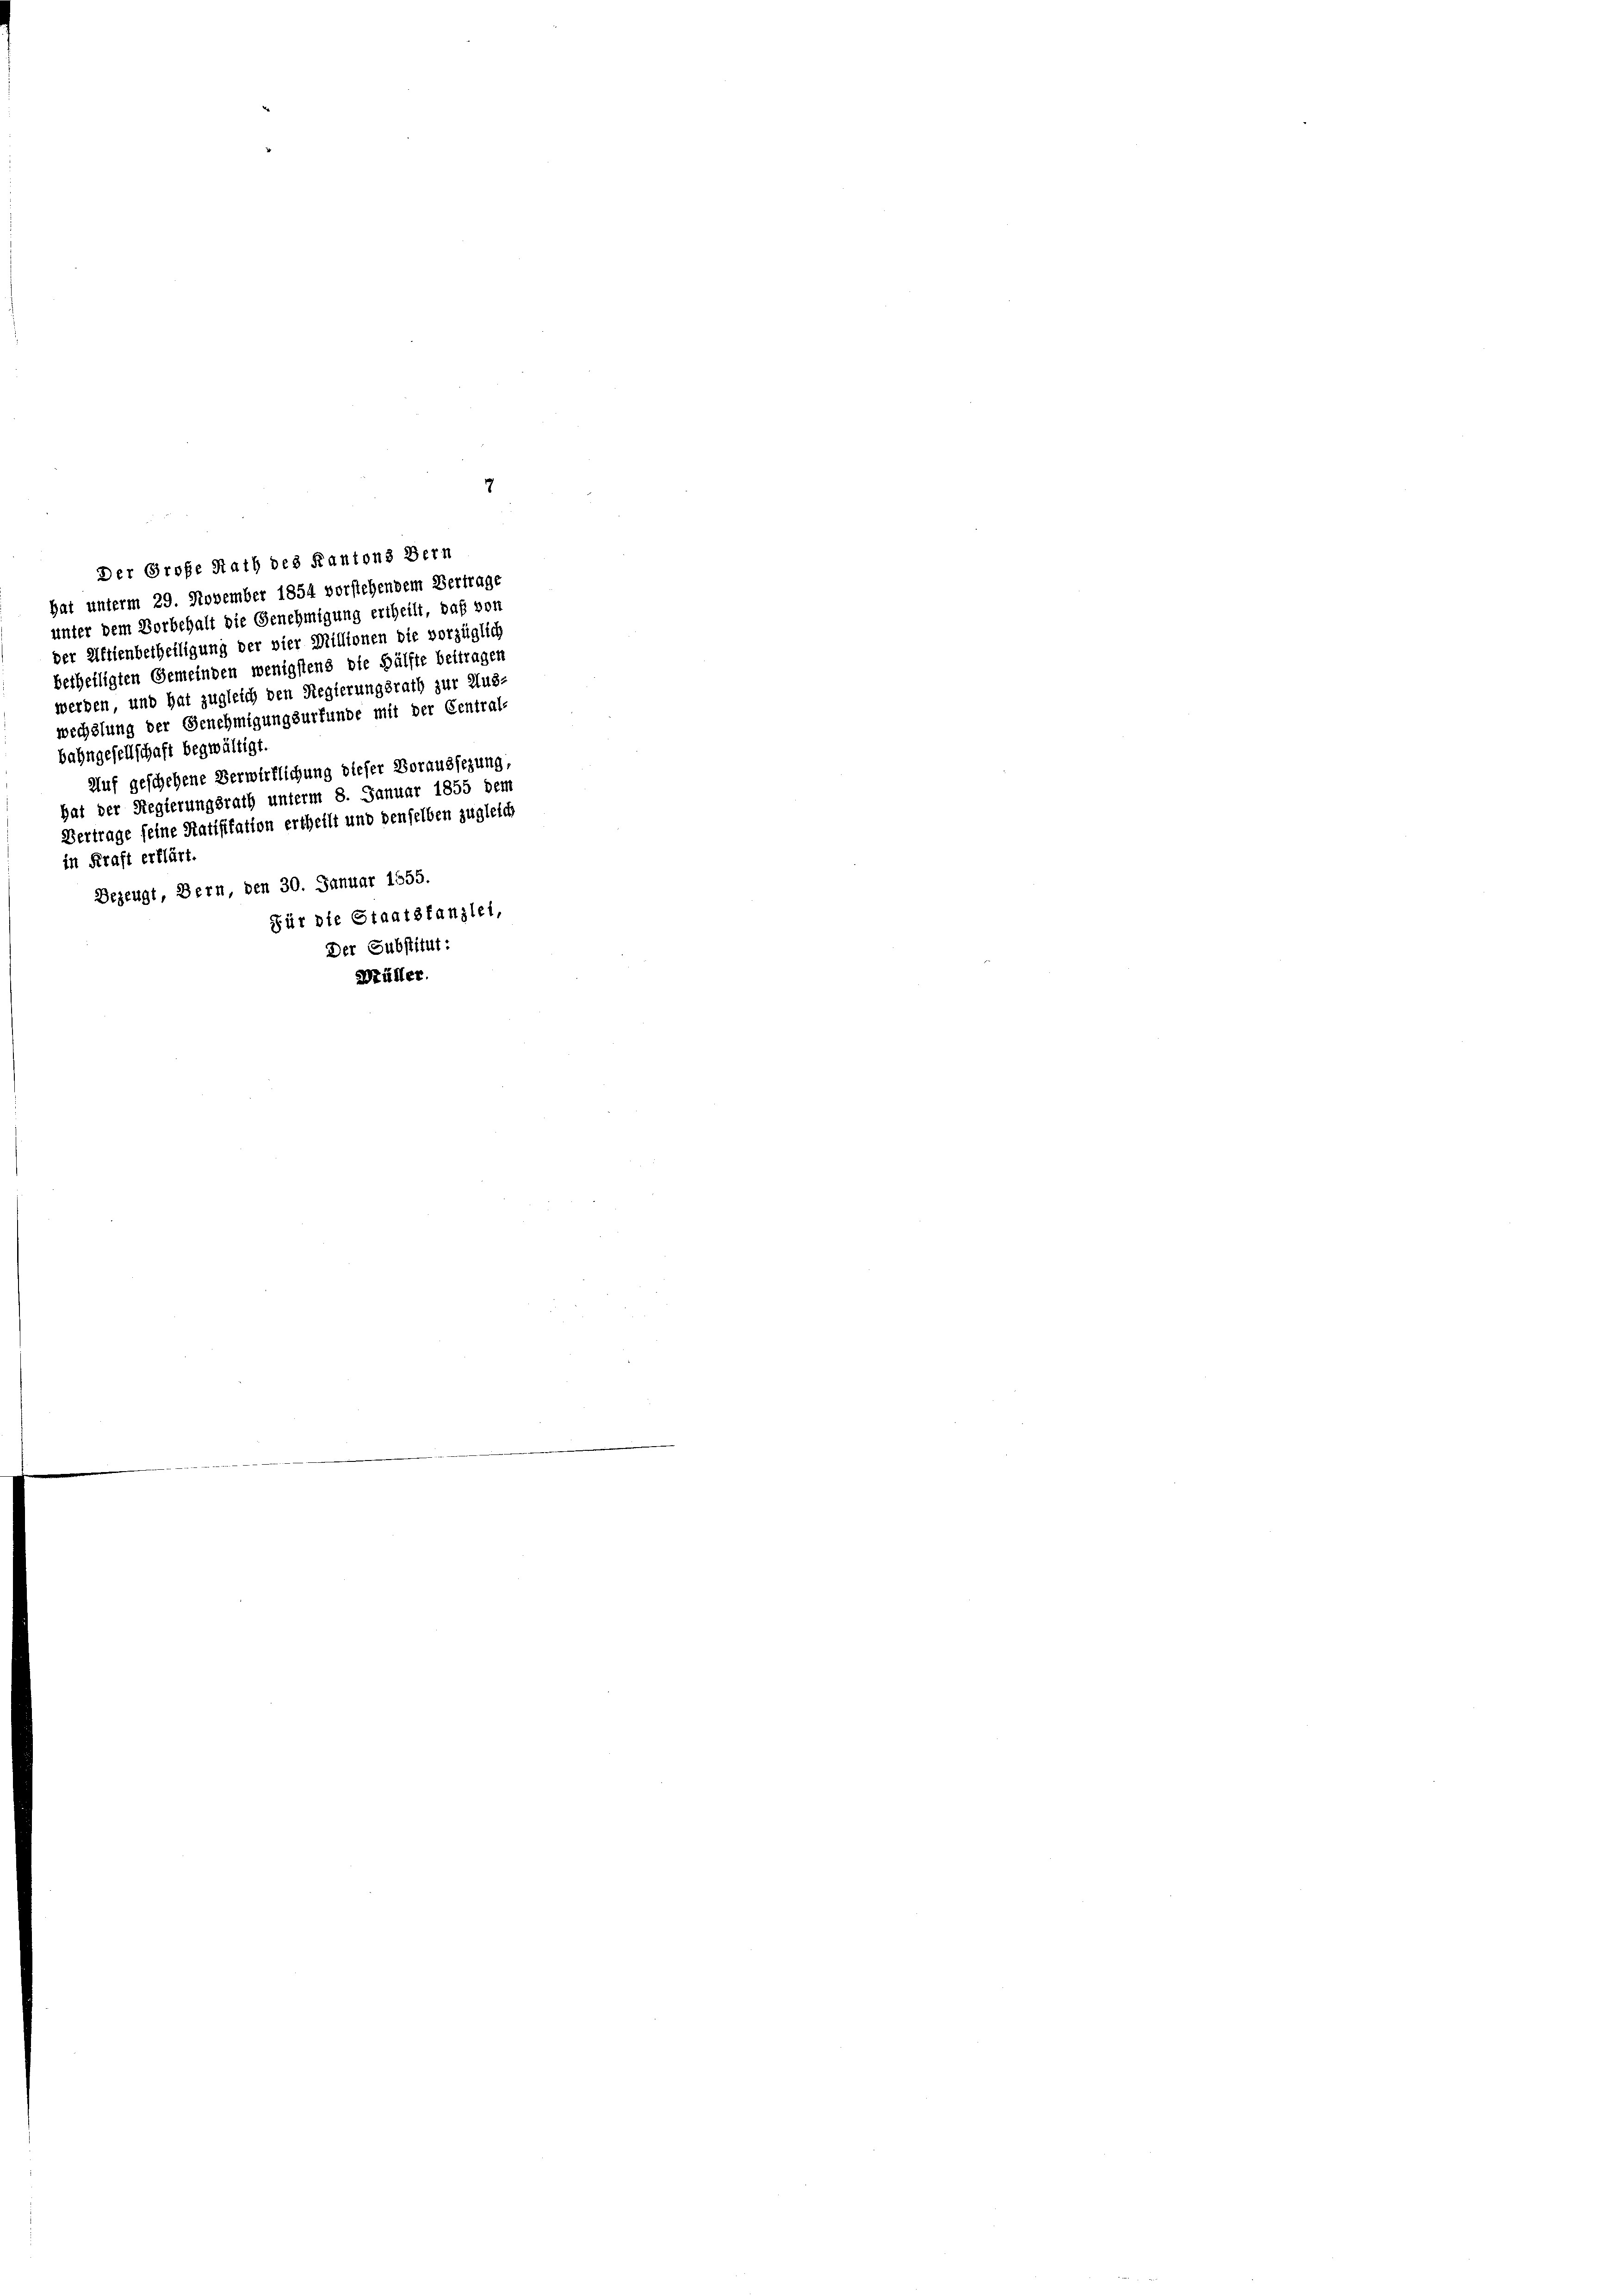
7
Der Große Rath des Kantons Bern
hat unterm 29. November 1854 vorstehendem Vertrage
unter dem Vorbehalt die Genehmigung ertheilt, daß von
der Aktienbetheiligung der vier Millionen die vorzüglich
betheiligten Gemeinden wenigstens die Hälfte beitragen
werden, und hat zugleich den Regierungsrath zur Aus-
wechslung der Genehmigungsurfunde mit der Central-
bahngesellschaft begwältigt.
Auf geschehene Verwirklichung dieser Voraussezung,
hat der Regierungsrath unterm 8. Januar 1855 dem
Vertrage seine Ratifikation ertheilt und denselben zugleich
in Kraft erklärt.
Bezeugt, Bern, den 30. Januar 1655.
Für die Staatskanzlei,
Der Substitut:
Bälter.